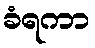
ခံရကာ